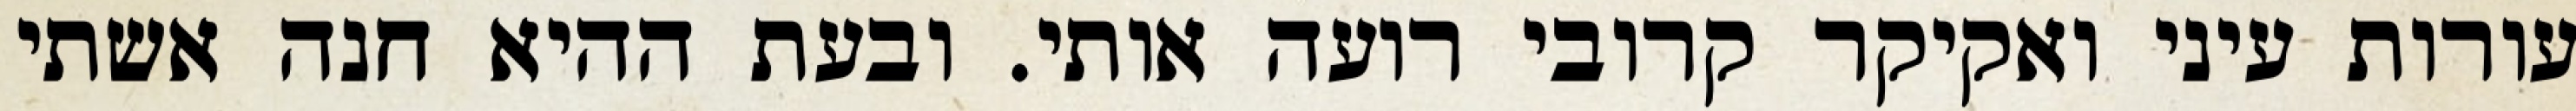
עורות עיני ואקיקר קרובי רועה אותי. ובעת ההיא חנה אשתי